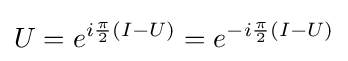
U=e^{i{\frac {\pi }{2}}(I-U)}=e^{-i{\frac {\pi }{2}}(I-U)}